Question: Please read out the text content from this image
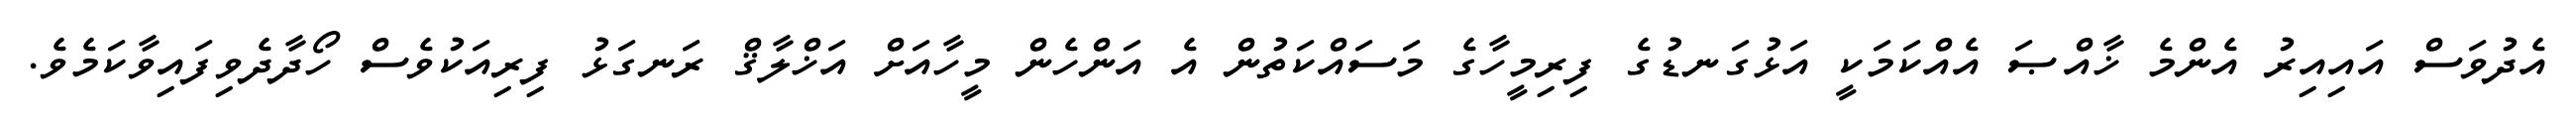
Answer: އެދުވަސް އައިއިރު އެންމެ ޚާއްޞަ އެއްކަމަކީ އަޅުގަނޑުގެ ފިރިމީހާގެ މަސައްކަތުން އެ އަންހެން މީހާއަށް އަޚްލާޤް ރަނގަޅު ފިރިއަކުވެސް ހޯދާދެވިފައިވާކަމެވެ.